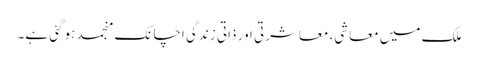
ملک میں معاشی، معاشرتی اور ذاتی زندگی اچانک منجمد ہوگئی ہے۔